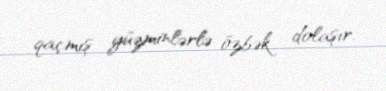
qaçmış yüzminlərlə özbək dolaşır.